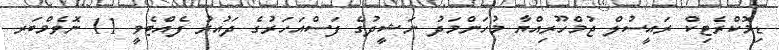
ޑިމޮކްރެޓިކް ރައީސުލް ޖުމްހޫރިއްޔާ މުހަންމަދު ނަޝީދުގެ ފަސްއަހަރުގެ ދައުރު ފެއްޓެވީ 11 ނޮވެމްބަރ